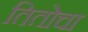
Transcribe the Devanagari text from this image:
तितोचा